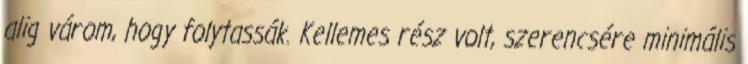
alig várom, hogy folytassák. Kellemes rész volt, szerencsére minimális